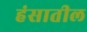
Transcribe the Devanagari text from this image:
हंसातील